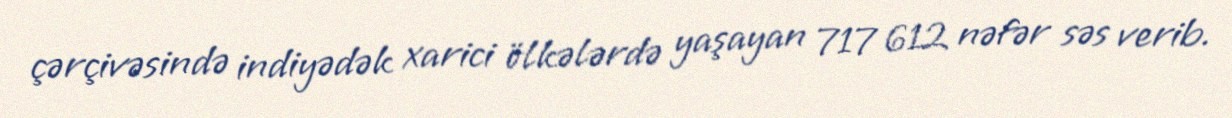
çərçivəsində indiyədək xarici ölkələrdə yaşayan 717 612 nəfər səs verib.